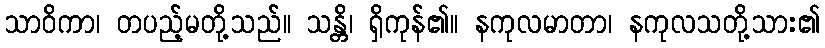
သာဝိကာ၊ တပည့်မတို့သည်။ သန္တိ၊ ရှိကုန်၏။ နကုလမာတာ၊ နကုလသတို့သား၏